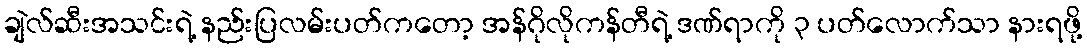
ချဲလ်ဆီးအသင်းရဲ့ နည်းပြလမ်းပတ်ကတော့ အန်ဂိုလိုကန်တီရဲ့ ဒဏ်ရာကို ၃ ပတ်လောက်သာ နားရဖို့